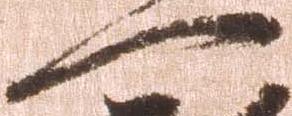
門